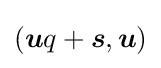
({\boldsymbol {u}}q+{\boldsymbol {s}},{\boldsymbol {u}})